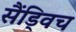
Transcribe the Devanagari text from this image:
सैंड्विच